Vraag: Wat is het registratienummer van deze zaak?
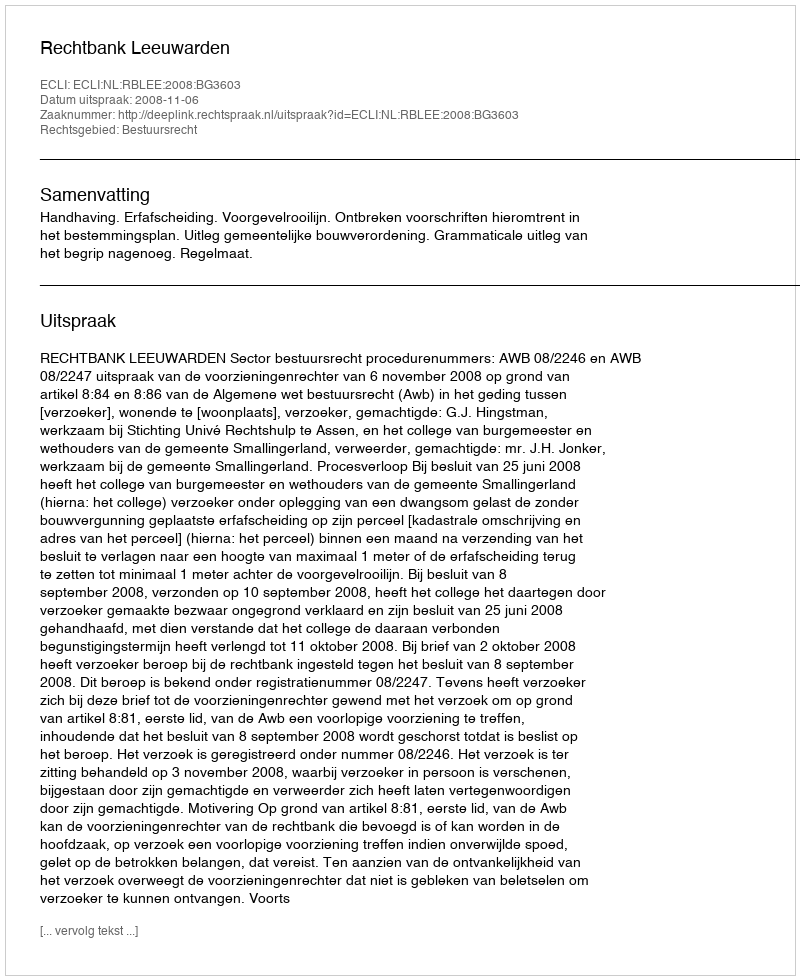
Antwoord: http://deeplink.rechtspraak.nl/uitspraak?id=ECLI:NL:RBLEE:2008:BG3603